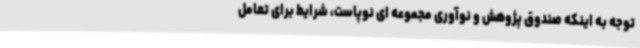
توجه به اینکه صندوق پژوهش و نوآوری مجموعه ای نوپاست، شرایط برای تعامل